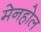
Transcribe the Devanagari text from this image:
मेनहोल